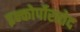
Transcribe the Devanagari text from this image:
इन्कोर्पोरातेद